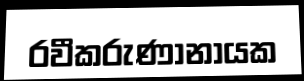
රවීකරුණානායක